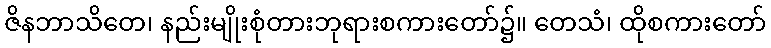
ဇိနဘာသိတေ၊ နည်းမျိုးစုံတားဘုရားစကားတော်၌။ တေသံ၊ ထိုစကားတော်